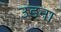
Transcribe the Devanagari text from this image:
उडना